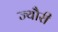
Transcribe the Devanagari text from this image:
ज्यौरी